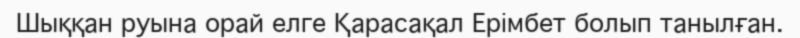
Шыққан руына орай елге Қарасақал Ерімбет болып танылған.